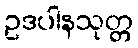
ဥဒပါနသုတ္တ